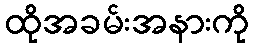
ထိုအခမ်းအနားကို